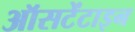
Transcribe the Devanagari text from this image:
ऑसटेंटाइन